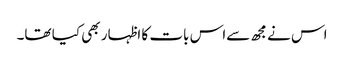
اس نے مجھ سےاس بات کا اظہار بھی کیا تھا۔